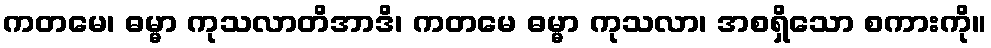
ကတမေ၊ ဓမ္မာ ကုသလာတိအာဒိ၊ ကတမေ ဓမ္မာ ကုသလာ၊ အစရှိသော စကားကို။